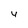
Character: 4